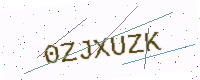
Text: 0ZJXUZK